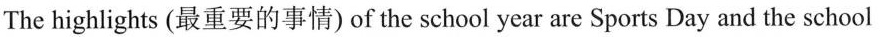
The highlights (最重要的事情) of the school year are Sports Day and the school